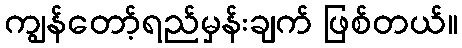
ကျွန်တော့်ရည်မှန်းချက် ဖြစ်တယ်။